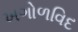
ખગોળવિદ